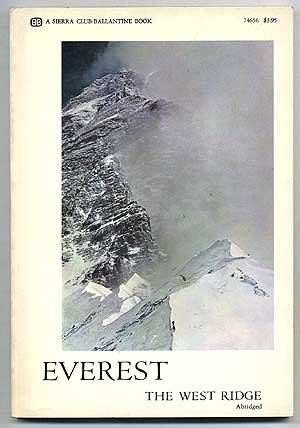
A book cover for Everest, the West Ridge; Thomas F Hornbein; Travel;